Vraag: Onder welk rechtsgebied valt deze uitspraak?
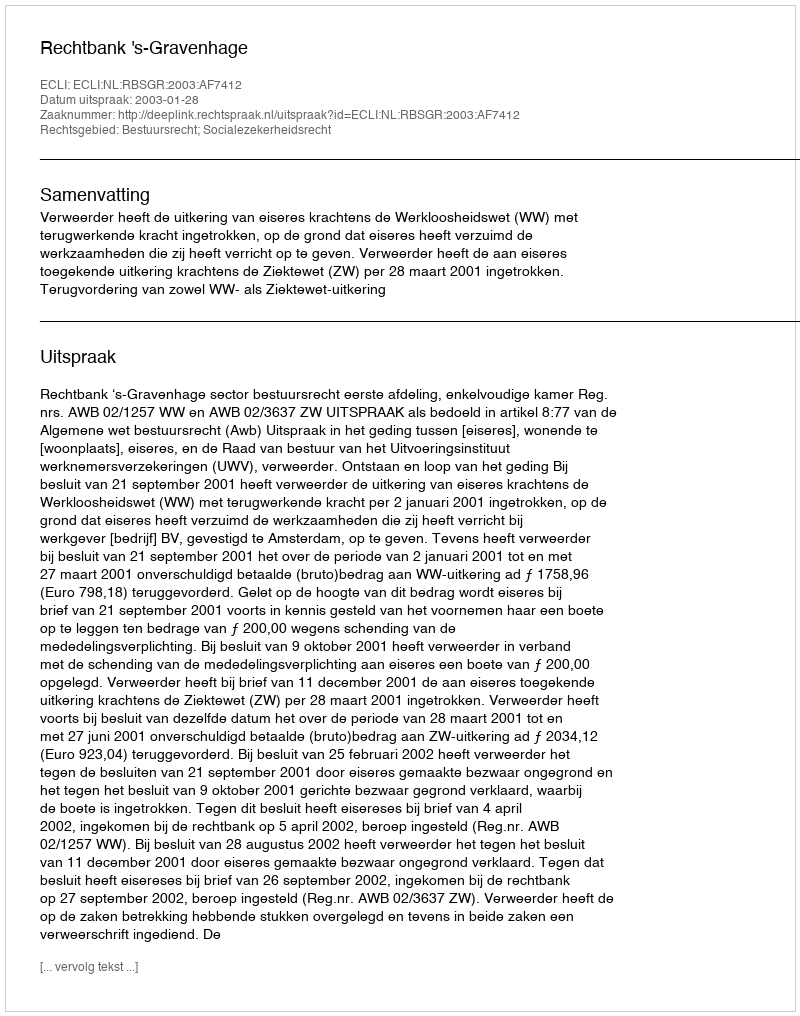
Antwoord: Bestuursrecht; Socialezekerheidsrecht